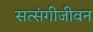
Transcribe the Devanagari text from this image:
सत्संगीजीवन